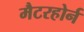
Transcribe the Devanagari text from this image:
मैटरहोर्न